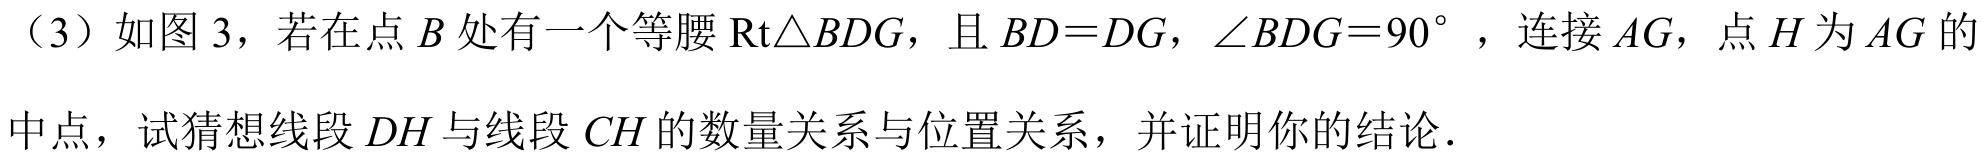
（3）如图3，若在点\(B\)处有一个等腰\(\text{Rt}\triangle BDG\)，且\(BD = DG\)，\(\angle BDG = 90^{\circ}\)，连接\(AG\)，点\(H\)为\(AG\)的
中点，试猜想线段\(DH\)与线段\(CH\)的数量关系与位置关系，并证明你的结论．